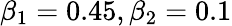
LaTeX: \beta_{1}=0.45,\beta_{2}=0.1